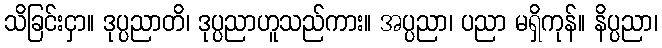
သိခြင်းငှာ။ ဒုပ္ပညာတိ၊ ဒုပ္ပညာဟူသည်ကား။ အပ္ပညာ၊ ပညာ မရှိကုန်။ နိပ္ပညာ၊